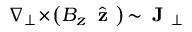
\nabla _ { \perp } \! \times \! \left( B _ { z } \, \hat { \textbf { z } } \right) \! \sim \! \textbf { J } _ { \perp }